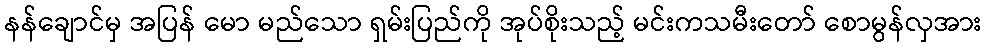
နန်ချောင်မှ အပြန် မော မည်သော ရှမ်းပြည်ကို အုပ်စိုးသည့် မင်းကသမီးတော် စောမွန်လှအား